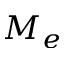
M _ { e }